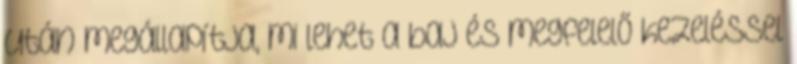
után megállapítja, mi lehet a baj és megfelelő kezeléssel